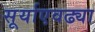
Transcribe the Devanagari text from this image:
सूर्याएवढ्या